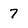
Character: 7